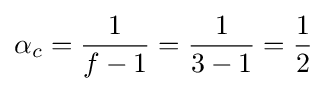
\alpha _{c}={\frac {1}{f-1}}={\frac {1}{3-1}}={\frac {1}{2}}